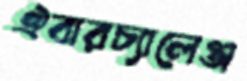
ঐবারচ্যালেঞ্জ